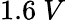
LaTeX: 1.6~V